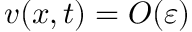
v ( x , t ) = O ( \varepsilon )